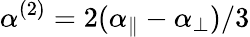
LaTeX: \alpha^{(2)}=2(\alpha_{\parallel}-\alpha_{\perp})/3